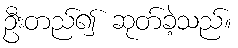
ဦးတည်၍ ဆုတ်ခဲ့သည်။